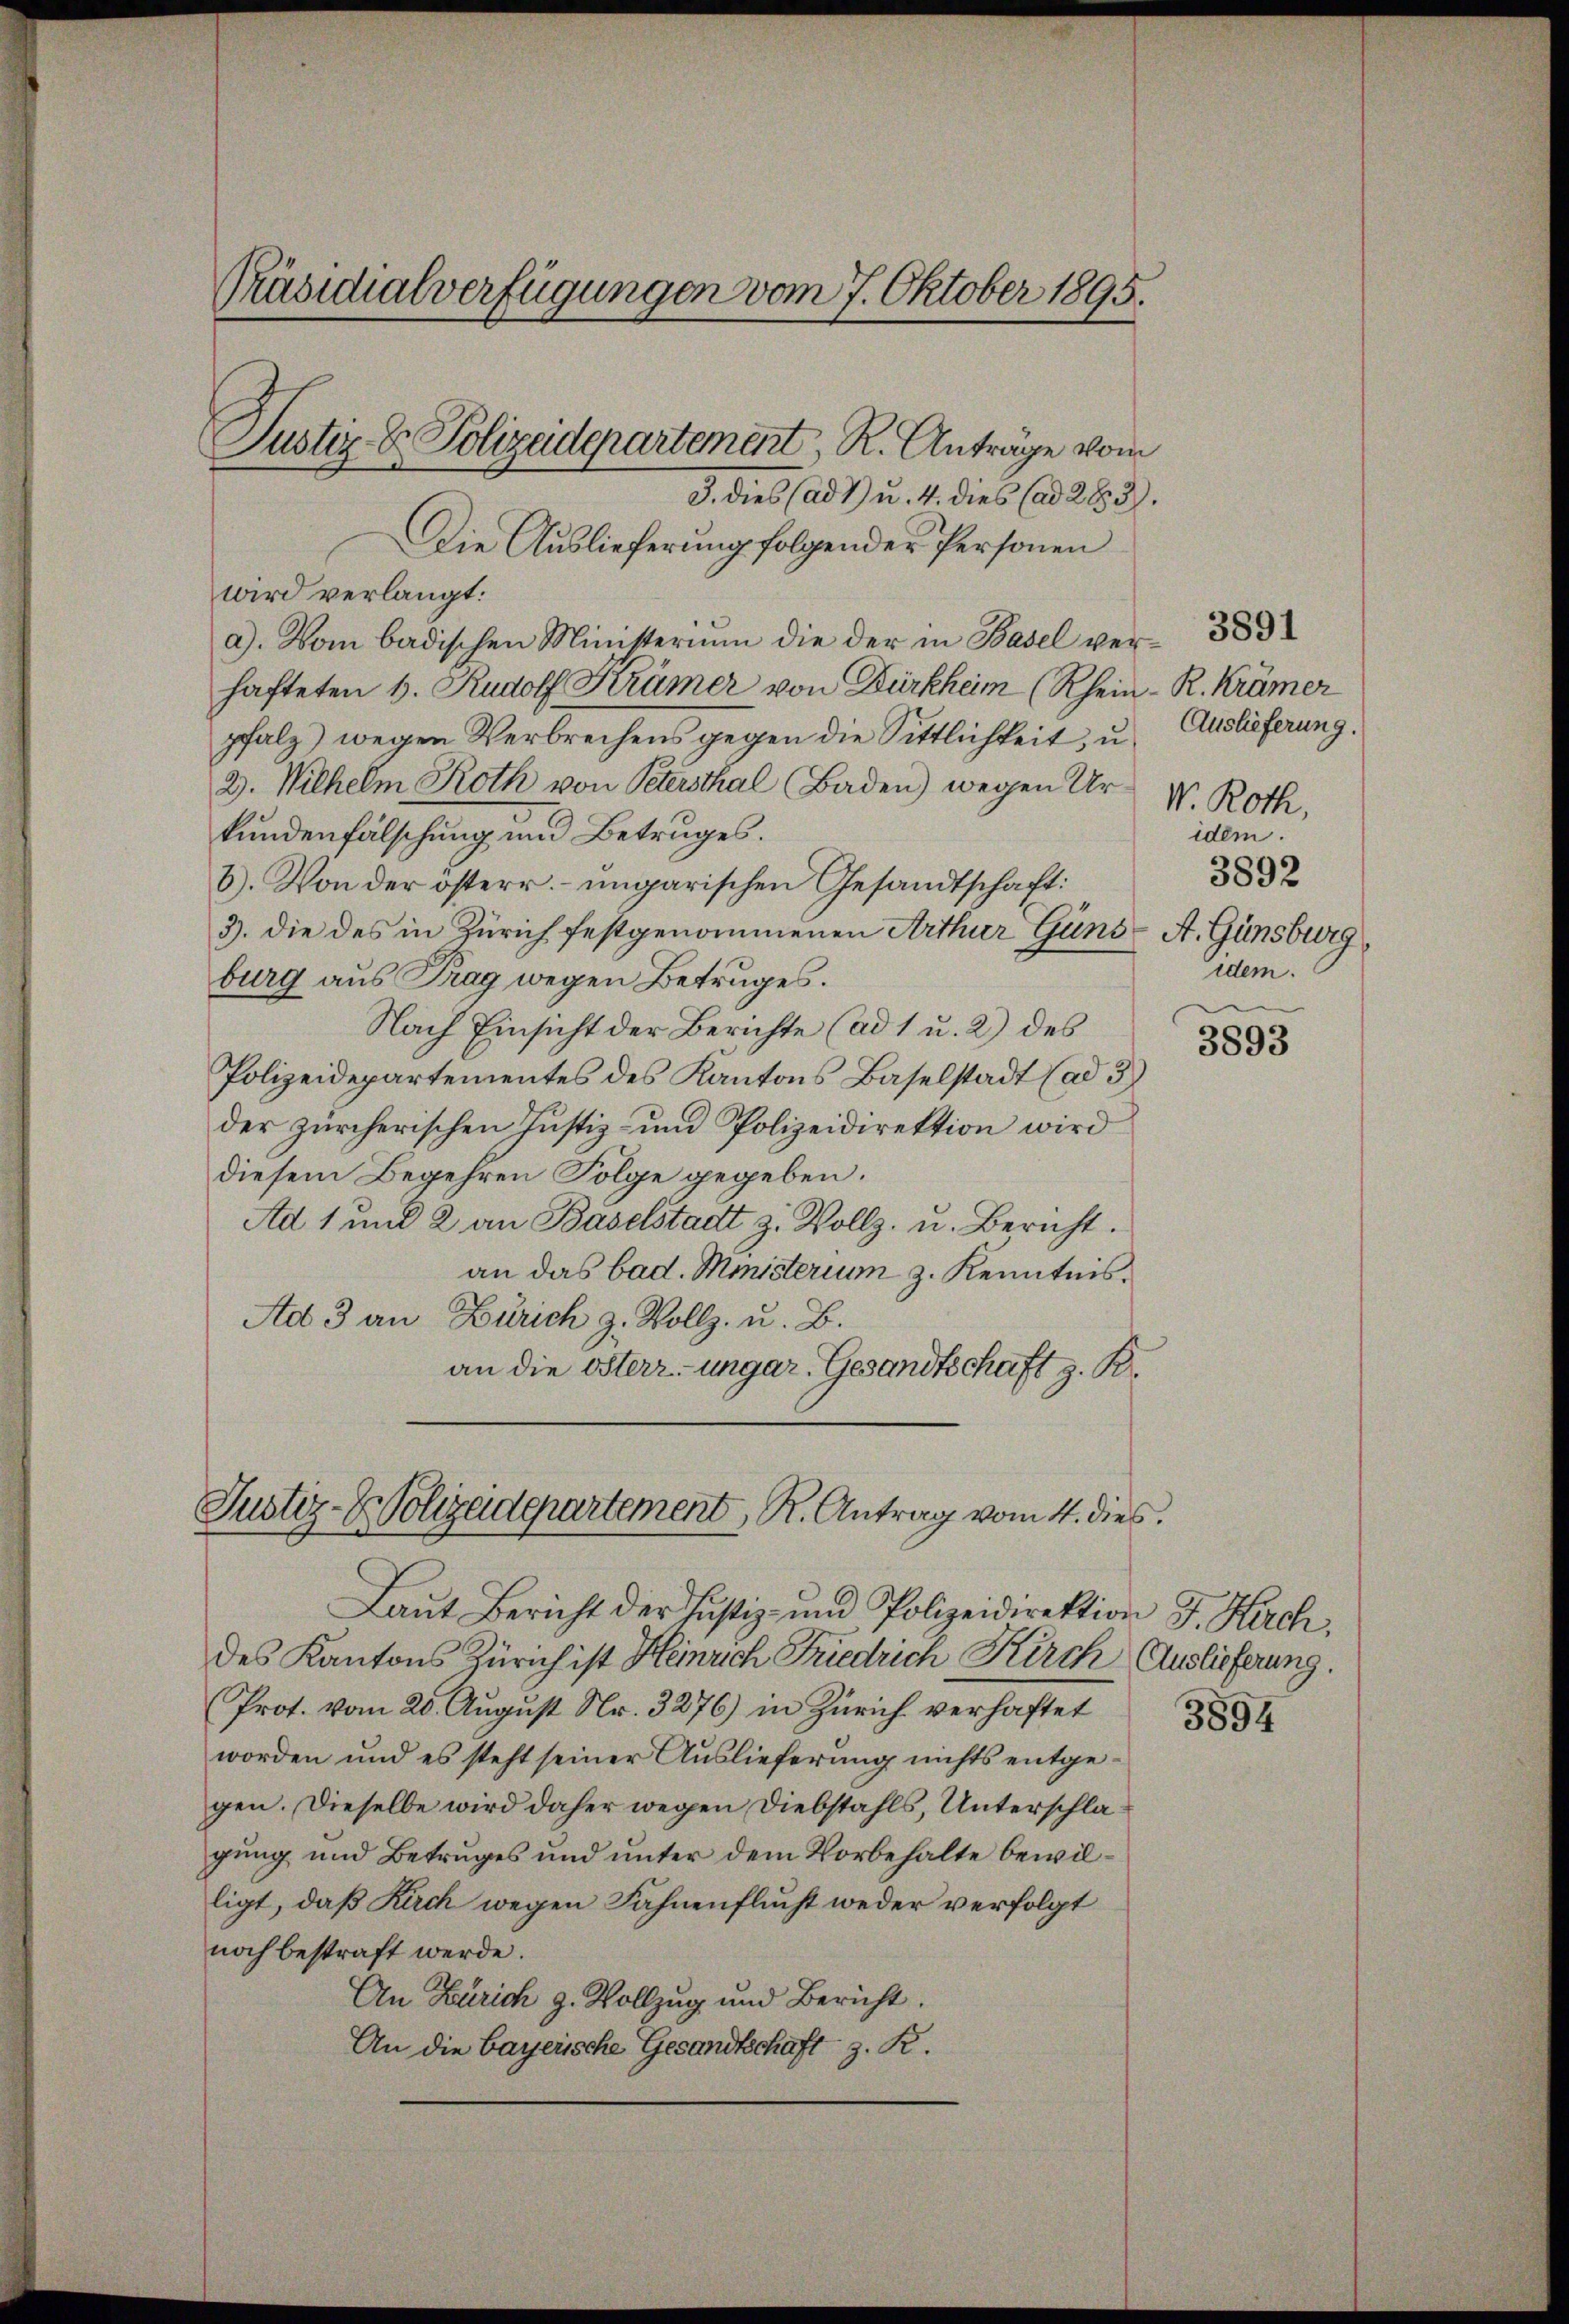
Präsidialverfügungen vom 7. Oktober 1895.

.
Justiz- & Polizeidepartement, R. Antrage vom

J. dies (ad I u. 4. dies (ad 283.
Die Auslieferung folgender Personen
wird verlangt:
a). Vom badischen Ministerium die der in Basel verhafteten s. Rudolf Krümer von Dürkheim (Rhein- R. Krämer
pfalz) wegen Verbrechens gegen die Sittlichkeit, u
2. Wilhelm Roth von Petersthal (Baden) wegen Ur- V. Roth,
kundenfälschung und Betruges.
6). Von der österr. ungarischen Gesandtschaft:
3. die des in Zürich festgenommenen Arthur Güns- A. Günsburg,
burg aus Prag wegen Betruges.
Nach Einsicht der Berichte (ad 1 u. 2) des
Polizeidepartementes des Kantons Baselstadt (ad 3)
der zürcherischen Justiz- und Polizeidirektion wird
diesem Begehren Folge gegeben.
Ad 1 und 2 an Baselstadt z. Vollz. u. Bericht.
an das bad. Ministerium z. Kenntnis.
Ad 3 an Zürich z. Vollz. u. B.
an die österz-ungar. Gesandtschaft z. B.
Justiz- & Polizadepartement, R. Antrag vom 4. dies

Laut Bericht der Justiz- und Polizeidirektion J. Kirch,
des Kantons Zürich ist Heinrich Friedrich Kirch Auslieferung.
Prot. vom 20. August Nr. 3276) in Zürich verhaftet
worden und es steht seiner Auslieferung nichts entgegen. Dieselbe wird daher wegen Diebstahls, Unterschlagung und Betruges und unter dem Vorbehalte bewilligt, daß Rach wegen Fahnenflucht weder verfolgt
noch bestraft werde.
An Zürich z. Vollzug und Bericht.
An die bayerische Gesandtschaft z. R.

Auslieferung.
idem.
3892
dem.

3891

3893

3894